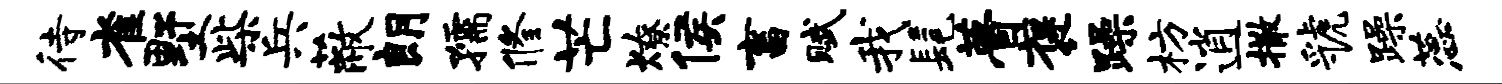
待雀墅柴兵蔽朗孺修芒燎侯畜赋我髦瞢褒躁枋逍撒虢躁蕊